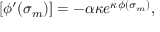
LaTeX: [ \phi ^ { \prime } ( \sigma _ { m } ) ] = - \alpha \kappa e ^ { \kappa \phi ( \sigma _ { m } ) } ,